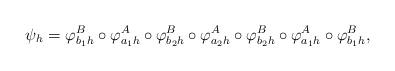
LaTeX: \begin{align*}\psi_{h} = \varphi_{b_1h}^B \circ \varphi_{a_1h}^A\circ\varphi_{b_2h}^B \circ \varphi_{a_2h}^A\circ\varphi_{b_2h}^B \circ \varphi_{a_1h}^A\circ \varphi_{b_1h}^B,\end{align*}